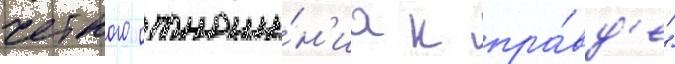
четкого отноше́н'иа к пра́вд'е"